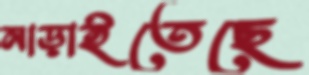
নাড়াইতেছে